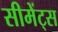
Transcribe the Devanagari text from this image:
सीमेंट्स